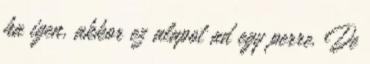
ha igen, akkor ez alapot ad egy perre. De